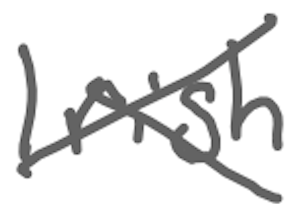
Text: Irish
Cross-out: cross
Writing tool: digital_gray